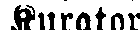
Kurator.